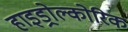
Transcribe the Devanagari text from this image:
हाइड्रोल्कोरिक